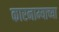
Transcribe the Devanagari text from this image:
कारनाम्याच्या